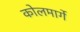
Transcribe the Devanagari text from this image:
कोलमार्गे